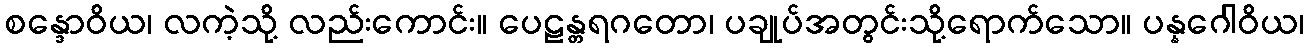
စန္ဒောဝိယ၊ လကဲ့သို့ လည်းကောင်း။ ပေဠန္တရဂတော၊ ပချုပ်အတွင်းသို့ရောက်သော။ ပန္နဂေါဝိယ၊